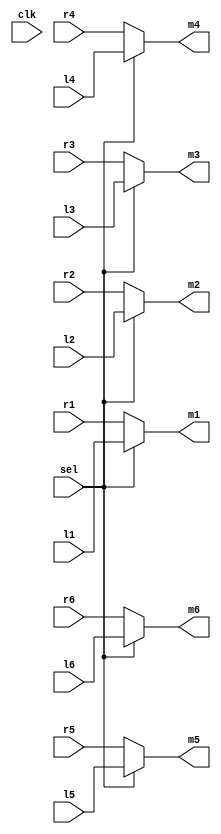
module mux(
  input sel,
  input clk,
  input [6:0] r1,
  input [6:0] r2,
  input [6:0] r3,
  input [6:0] r4,
  input [6:0] r5,
  input [6:0] r6,
  input [6:0] l1,
  input [6:0] l2,
  input [6:0] l3,
  input [6:0] l4,
  input [6:0] l5,
  input [6:0] l6,
  output reg [6:0] m1 =7'b000_0000,
  output reg [6:0] m2 =7'b000_0000,
  output reg [6:0] m3 =7'b000_0000,
  output reg [6:0] m4 =7'b000_0000,
  output reg [6:0] m5 =7'b000_0000,
  output reg [6:0] m6 =7'b000_0000
);

always @(clk)
begin
  if (sel == 1'b0)
    begin
      m1[6:0] <= r1[6:0];
      m2[6:0] <= r2[6:0];
      m3[6:0] <= r3[6:0];
      m4[6:0] <= r4[6:0];
      m5[6:0] <= r5[6:0];
      m6[6:0] <= r6[6:0];
    end
  else
    begin
      m1[6:0] <= l1[6:0];
      m2[6:0] <= l2[6:0];
      m3[6:0] <= l3[6:0];
      m4[6:0] <= l4[6:0];
      m5[6:0] <= l5[6:0];
      m6[6:0] <= l6[6:0];
    end
end
endmodule